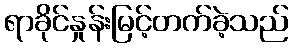
ရာခိုင်နှုန်းမြင့်တက်ခဲ့သည်